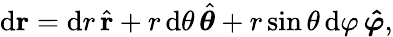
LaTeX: \mathrm{d}\mathbf{r}=\mathrm{d}r\, {\hat{\mathbf{r}}}+r\, \mathrm{d}\theta\, {\hat{\boldsymbol{\theta}}}+r\sin{\theta}\, \mathrm{d}\varphi\, \mathbf{\hat{\boldsymbol{\varphi}}},